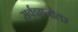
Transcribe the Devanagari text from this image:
सर्वज्ञानोतर